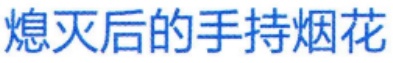
熄灭后的手持烟花